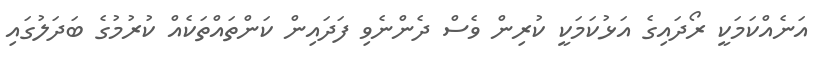
އަނެއްކަމަކީ ރޯދައިގެ އަޅުކަމަކީ ކުރިން ވެސް ދެންނެވި ފަދައިން ކަންތައްތަކެއް ކުރުމުގެ ބަދަލުގައި